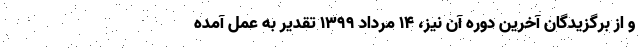
و از برگزیدگان آخرین دوره آن نیز، ۱۴ مرداد ۱۳۹۹ تقدیر به عمل آمده